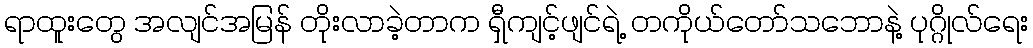
ရာထူးတွေ အလျင်အမြန် တိုးလာခဲ့တာက ရှီကျင့်ဖျင်ရဲ့ တကိုယ်တော်သဘောနဲ့ ပုဂ္ဂိုလ်ရေး